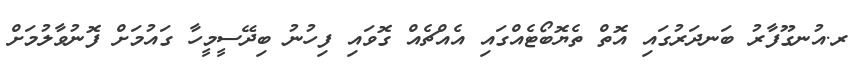
ރ.އުނގޫފާރު ބަނދަރުގައި އޮތް ތެޔޮބޯޓެއްގައި އެއްޗެއް ގޮވައި ފިހުނު ބިދޭސީމީހާ ގައުމަށް ފޮނުވާލުމަށް